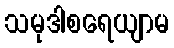
သမုဒါစရေယျာမ